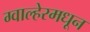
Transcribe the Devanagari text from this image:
ग्वाल्हेरमधून